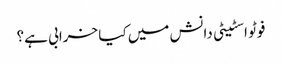
فوٹو اسٹیٹی دانش میں کیا خرابی ہے؟